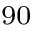
^ { 9 0 }